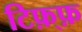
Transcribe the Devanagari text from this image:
टिफ़्फ़